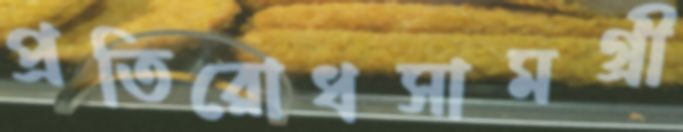
প্রতিরোধসামগ্রী